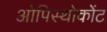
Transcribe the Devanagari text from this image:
ओपिस्थोकोंट